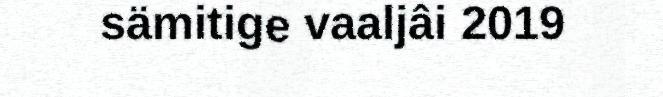
sämitige vaaljâi 2019